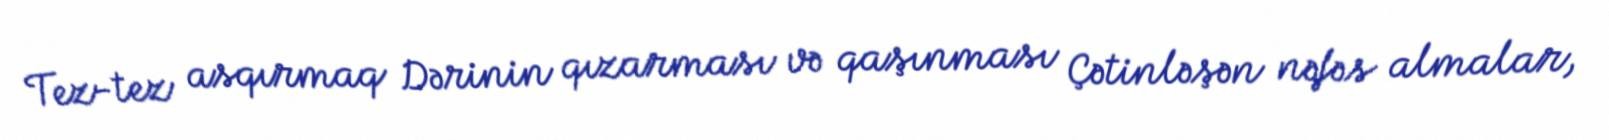
Tez-tez asqırmaq Dərinin qızarması və qaşınması Çətinləşən nəfəs almalar,